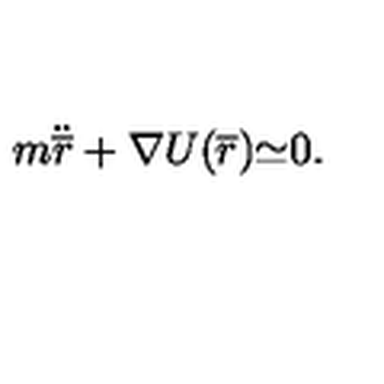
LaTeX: m { \ddot { \overline { r } } } + { \nabla U ( { \overline { r } } } ) { \simeq } 0 .